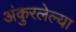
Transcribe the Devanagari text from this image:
अंकुरलेल्या